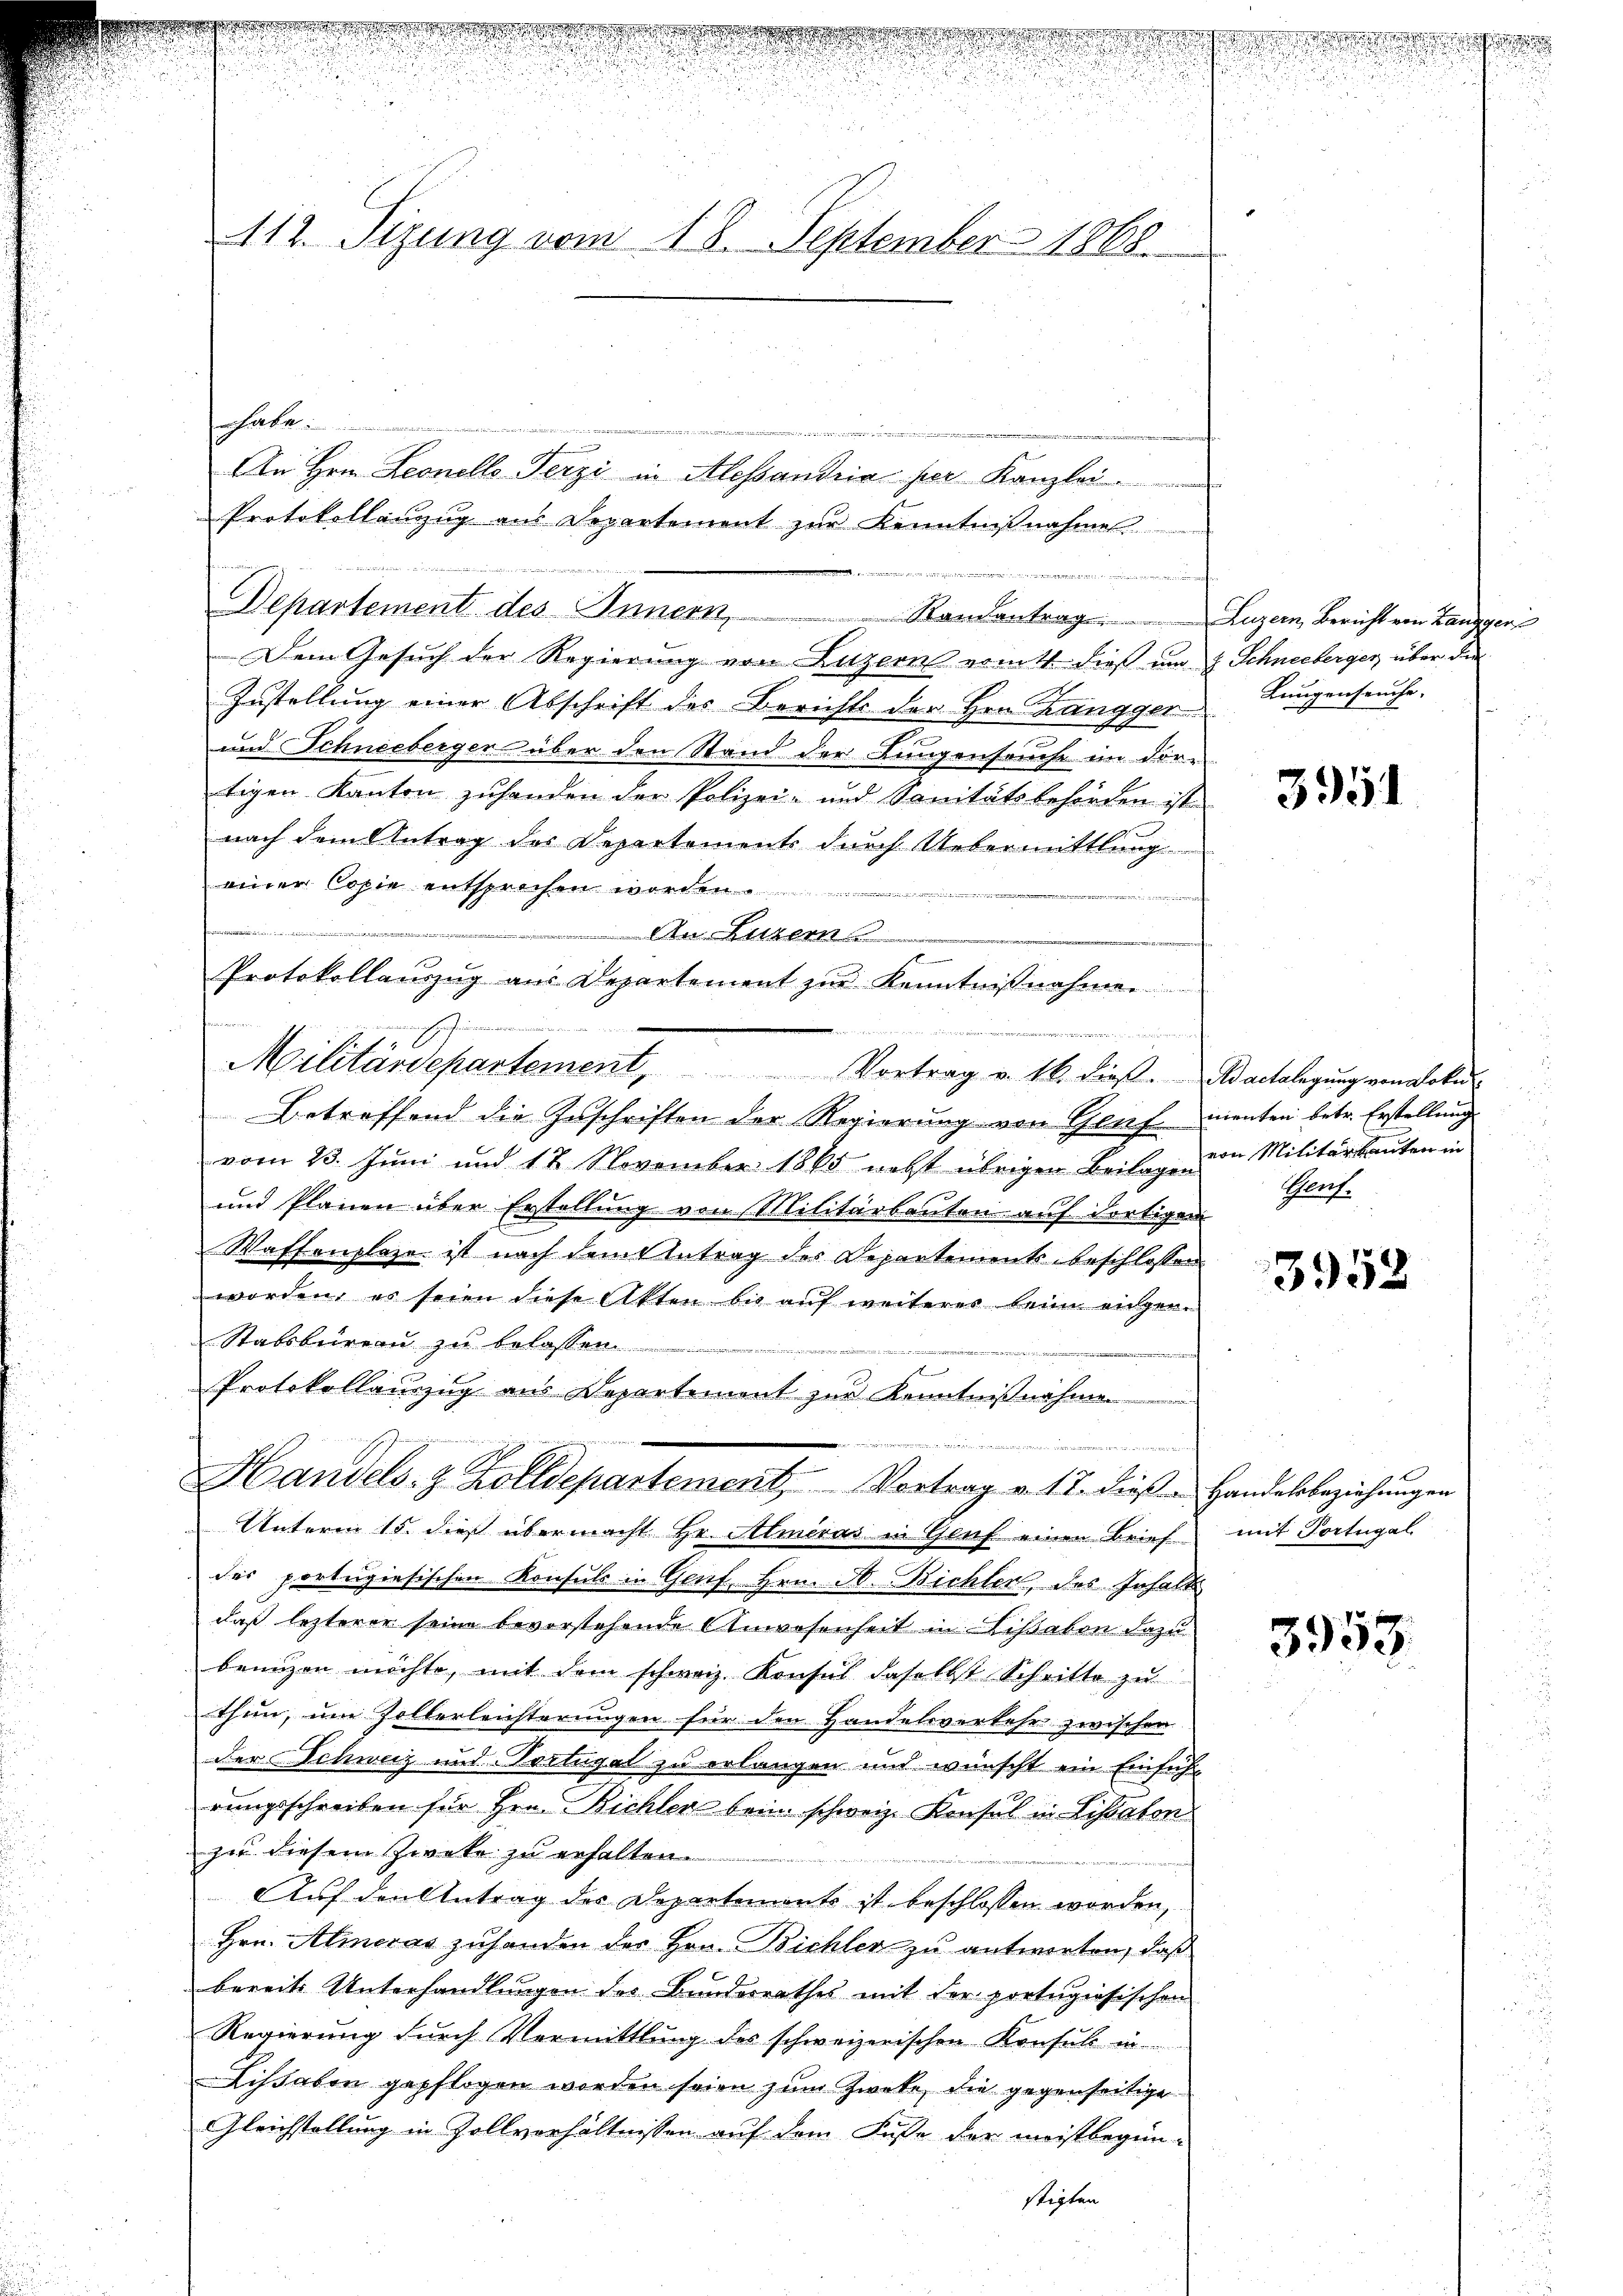
wort an der gere
e
a

.
d

112. Sizung vom 18. September 1868.

ensarben
e
                                         den inneren
An Hrn. Leonello Terzi in Alessandria per Kanzlei
Protokollanzug aus Departement zur Kenntnißnahme

eme, eine verantin mei
Departement des Innern Randantrag. Luzern, Bericht von Zangger
Dem Gesuch der Regierung von Luzern ermitt dieß um 8 Schneeberger über die
Zustellung einer Abschrift des Berichts der Hrn. Zangger Lungenseuche.
und Schneebergen über den Stand der Lungenseuche im dor-
tigen Kanton zuhanden der Polizei- und Sanitätsbehörden ist
nach dem Antrag des Departements durch Uebermittlung
einer Copie entsprochen worden.
n
An Luzern
f
Betreffend die Zuschriften der Regierung von Genf menten betr. Erstellung
vom 23. Juni und 17 November 1865 nebst übrigen Beilage und Militärbauten in
und Plänen über Erstellung von Militärbauten auf dortigen
Waffenplaze ist nach dem Antrag des Departementsbeschlossen
worden, es seien diese Akten bis aŭf weiterer beim engen.
Stabsbureau zu belassen
Protokollauszug aus Departement zur Kenntnißnahme

Handels- & Zolldepartement, Vortrag v. 17. dieß u Handelsbeziehungen
Unterm 15. dieß übermacht Hr. Almeras in Genf einen Brief
des portugiesischen Konsuls in Genf, Hrn. F. Bichler, des Inhalt
daß letzterer seine bevorstehende Anwesenheit in Lissabon dazu
benuzen möchte, mit dem schweiz. Konsul daselbst Schritte zu
thun, um sollerleichterungen für den Handelsverkehr zwischen
der Schweiz und Portugal zu erlangen und wünscht ein Einfüh-
rungsschreiben für Hrn. Bichler bein schweiz. Konsul in Lissaton
zu diesem Zweke zu erhalten.
Auf den Antrag des Departements ist beschlossen worden,
Hrn. Almeras zuhanden der Hrn. Bichler zu antworten, daß
bereits Unterhandlungen des Bundesrathes mit der portugiosischen
Regierung durch Vormittlung des schweizerischen Konsul in
Lissaben gepflogen worden seien zum Zwete die gegenseitige
Gleichstellung in Zollverhältnissen auf dem Fuße der meistbegin-
stigten

Protokollanzŭg aŭs Departement zŭr Kenntniβnahme.
mnachgesungen

Militärdepartement, Vortrag v. M. dies. Nachlagung von dolu

eegen

u

3951

Porf.

3952

mit Portugal

3953.